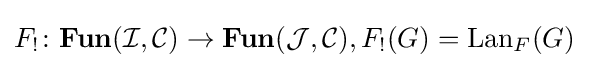
F_{!}\colon \mathbf {Fun} ({\mathcal {I}},{\mathcal {C}})\rightarrow \mathbf {Fun} ({\mathcal {J}},{\mathcal {C}}),F_{!}(G)=\operatorname {Lan} _{F}(G)